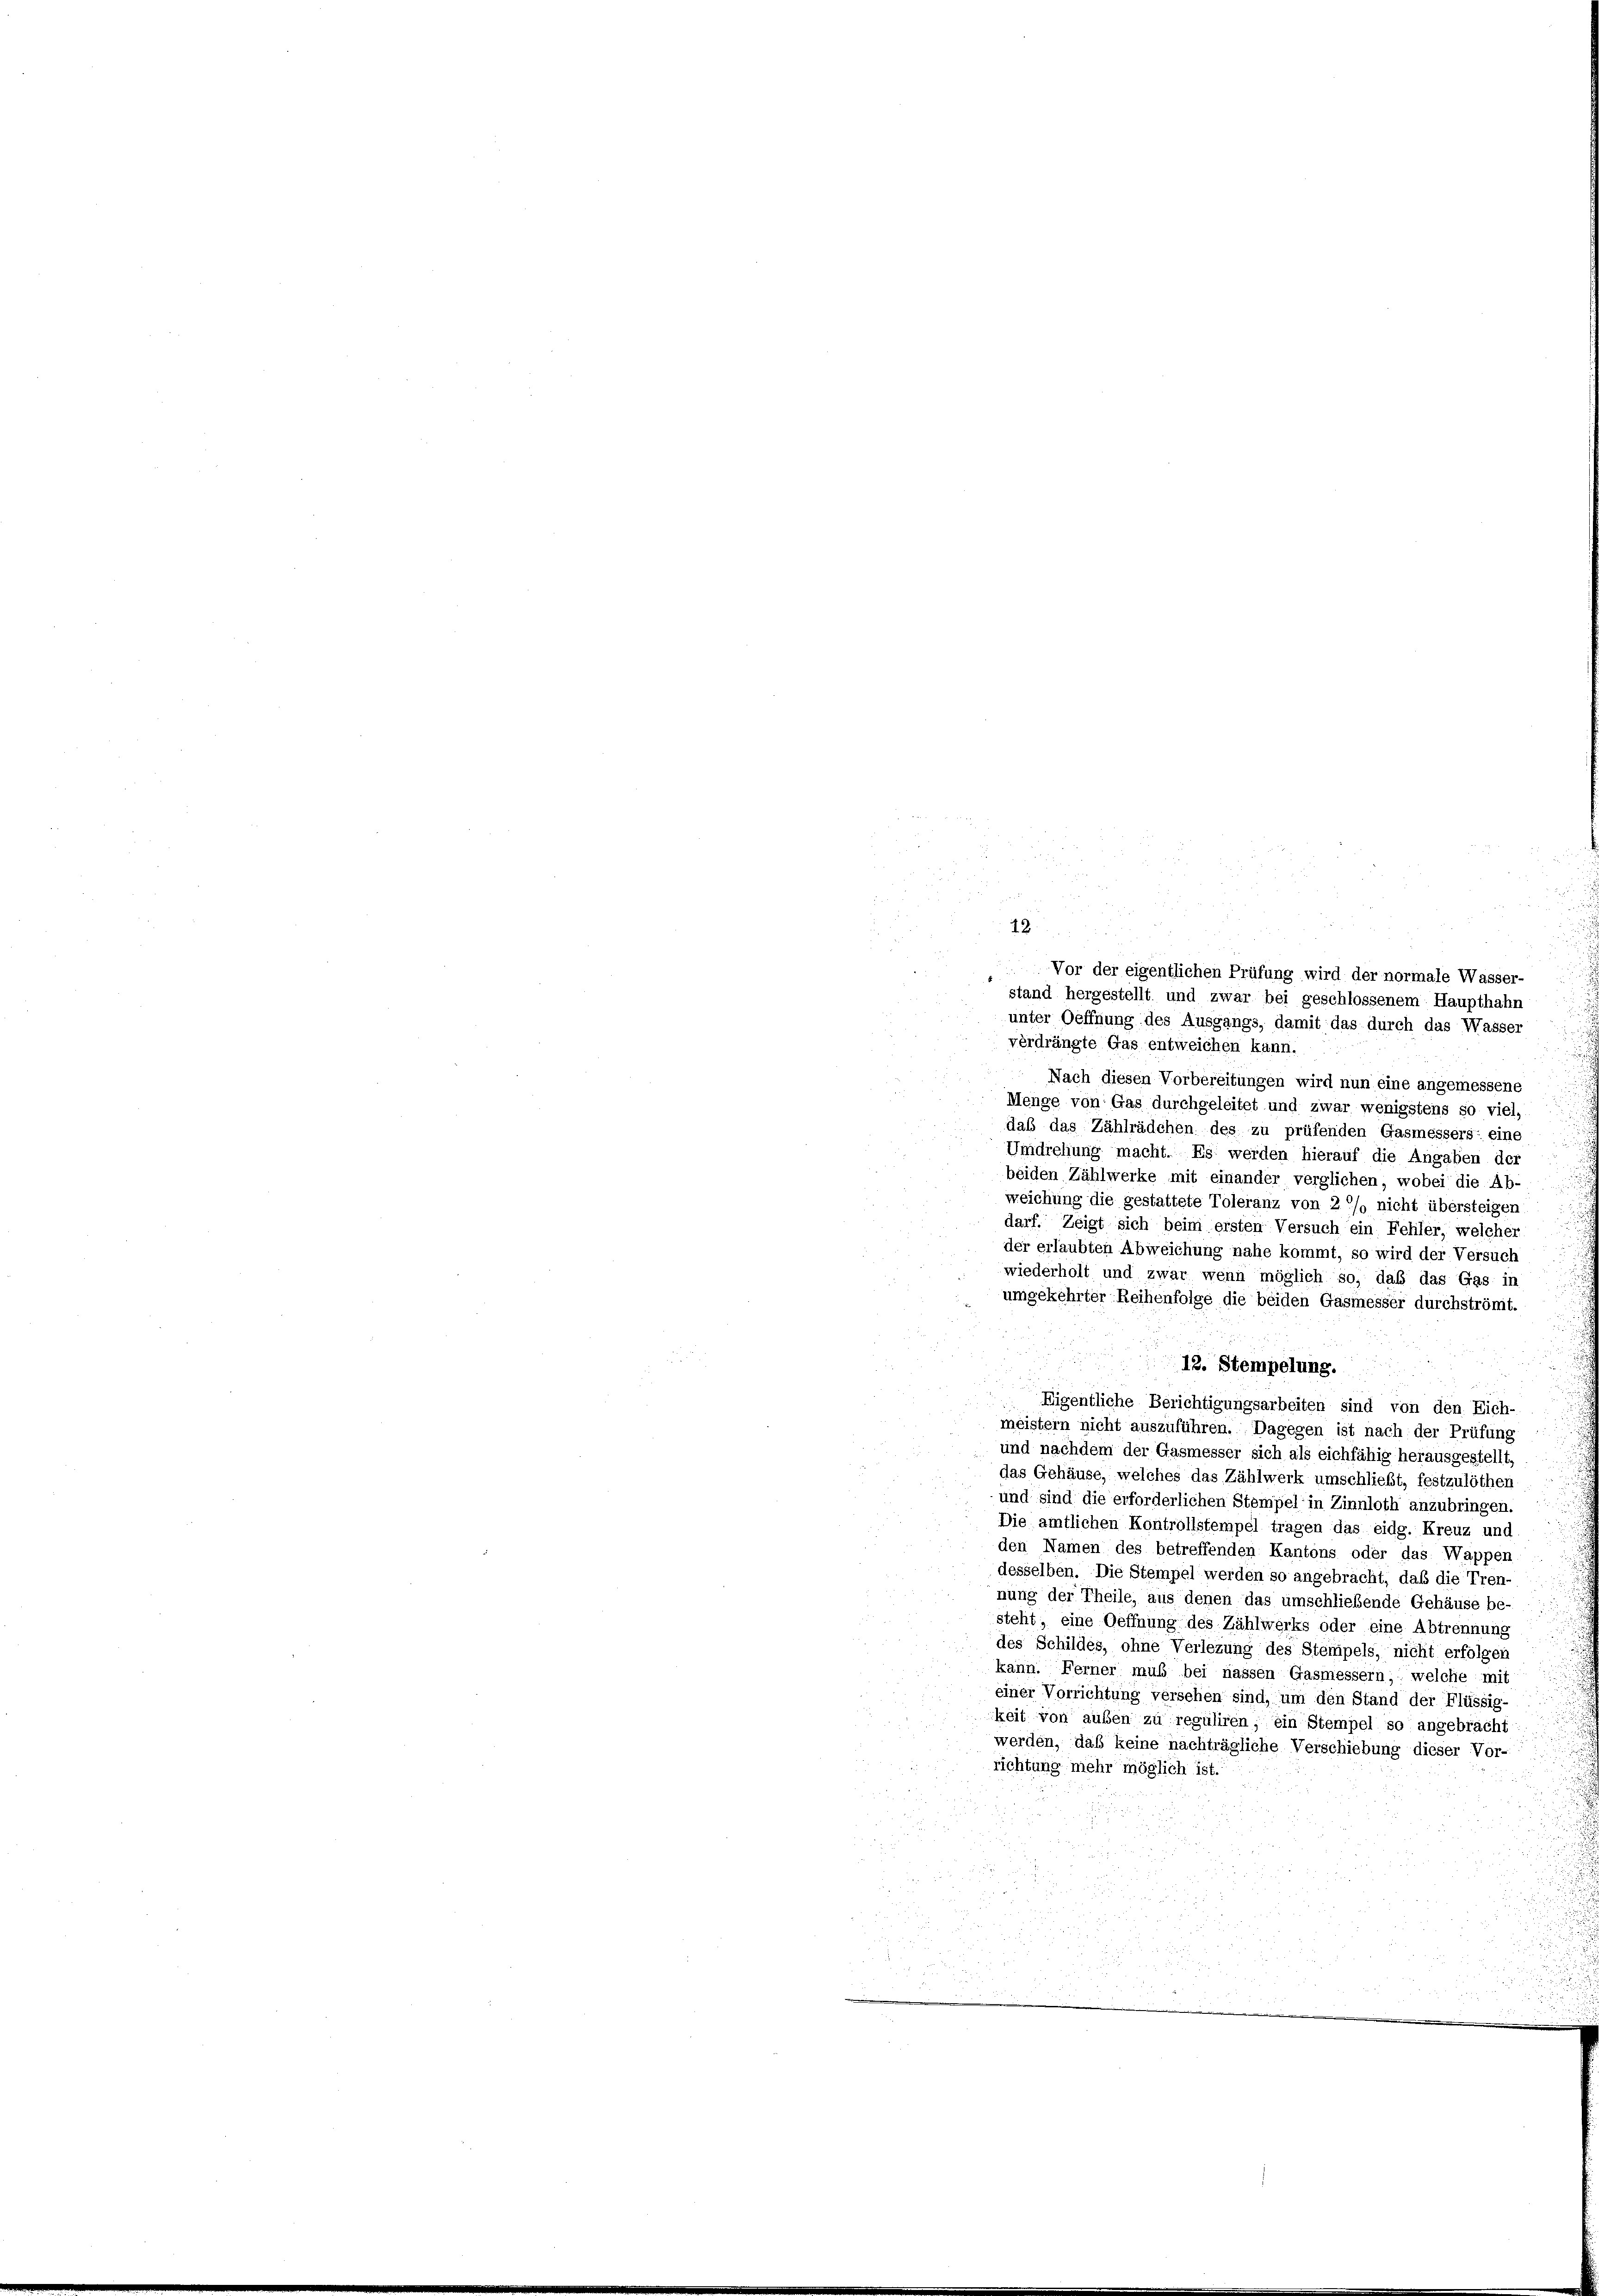
.
49
Vor der eigentlichen Prüfung wird der normale Wasser-
stand hergestellt und zwar bei geschlossenem Haupthahn
unter Oeffnung des Ausgangs, damit das durch das Wasser
verdrängte Gas entweichen kann.
Nach diesen Vorbereitungen wird nun eine angemessene
Menge von Gas durchgeleitet und zwar wenigstens so viel,
daß das Zählrädchen des zu prüfenden Gasmessers eine
Umdrehung macht. Es werden hierauf die Angaben der
beiden Zählwerke mit einander verglichen, wobei die Ab-
weichung die gestattete Toleranz von 2 °/o nicht übersteigen
darf. Zeigt sich beim ersten Versuch ein Fehler, welcher
der erlaubten Abweichung nahe kommt, so wird der Versuch
wiederholt und zwar wenn möglich so, daß das Gas in
umgekehrter Reihenfolge die beiden Gasmesser durchströmt.
12. Stempelung.
Eigentliche Berichtigungsarbeiten sind von den Eich-
meistern nicht auszuführen. Dagegen ist nach der Prüfung
und nachdem der Gasmesser sich als eichfähig herausgestellt,
das Gehäuse, welches das Zählwerk umschließt, festzulöthen
und sind die erforderlichen Stempel in Zinnloth anzubringen.
Die amtlichen Kontrollstempel tragen das eidg. Kreuz und
den Namen des betreffenden Kantons oder das Wappen
desselben. Die Stempel werden so angebracht, daß die Tren-
nung der Theile, aus denen das umschließende Gehäuse be-
steht, eine Oeffnung des Zählwerks oder eine Abtrennung
des Schildes, ohne Verlegung des Stempels, nicht erfolgen
kann. Ferner muß bei nassen Gasmessern, welche mit
einer Vorrichtung versehen sind, um den Stand der Flüssig-
keit von außen zu reguliren, ein Stempel so angebracht
werden, daß keine nachträgliche Verschiebung dieser Vor-
richtung mehr möglich ist.